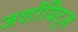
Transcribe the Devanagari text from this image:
जर्शोविट्ज़